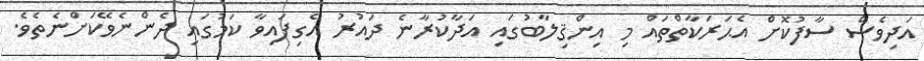
އަދިވެސް ސާފުކޮށް އެޙަރަކާތްތައް މި އިންޤިލާބުގައި އަދާކުރާނެ ދައުރު އެގިފައިވާ ކަމުގައި ދެންނެވޭކަށްނެތެވެ.